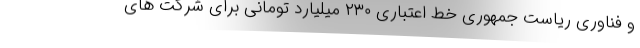
و فناوری ریاست جمهوری خط اعتباری ۲۳۰ میلیارد تومانی برای شرکت های